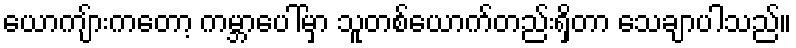
ယောကျ်ားကတော့ ကမ္ဘာပေါ်မှာ သူတစ်ယောက်တည်းရှိတာ သေချာပါသည်။